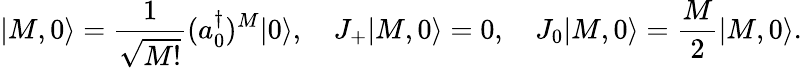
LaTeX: |M,0\rangle={\frac{1}{\sqrt{M!}}}(a_{0}^{\dagger})^{M}|0\rangle,\quad J_{+}|M,0\rangle=0,\quad J_{0}|M,0\rangle={\frac{M}{2}}|M,0\rangle.